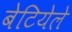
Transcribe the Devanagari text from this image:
बेटियेले